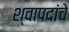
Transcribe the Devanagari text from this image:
श्वापदांचे